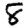
Digit: 8